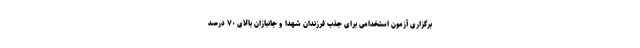
برگزاری آزمون استخدامی برای جذب فرزندان شهدا و جانبازان بالای ۷۰ درصد